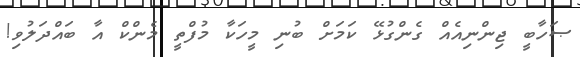
ޞަހާބީ ޖިންނިއެއް ގެންގުޅޭ ކަމަށް ބުނި މީހަކާ މުފްތީ މެންކް އާ ބައްދަލުވި!